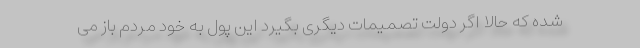
شده که حالا اگر دولت تصمیمات دیگری بگیرد این پول به خود مردم باز می